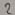
Text: 2